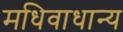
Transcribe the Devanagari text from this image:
मधिवाधान्य